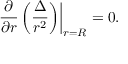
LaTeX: \left. \frac { \partial } { \partial r } \left( \frac { \Delta } { r ^ { 2 } } \right) \right| _ { r = R } = 0 .